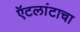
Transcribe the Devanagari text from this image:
ऍटलांटाचा